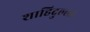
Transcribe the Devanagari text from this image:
शाहिदुल्ला